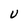
Character: U